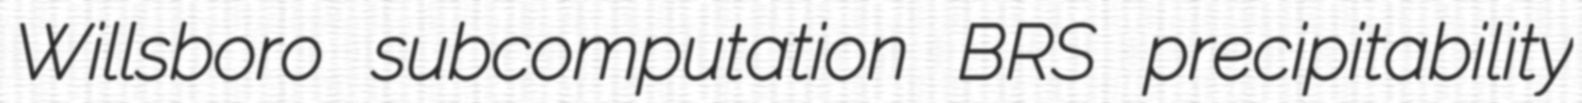
Willsboro subcomputation BRS precipitability